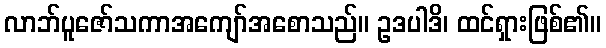
လာဘ်ပူဇော်သကာအကျော်အစောသည်။ ဥဒပါဒိ၊ ထင်ရှားဖြစ်၏။